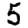
Digit: 5